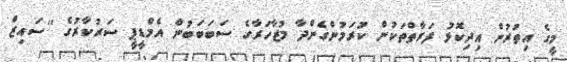
މީގެ އިތުރުން އިދިކޮޅު ފަރާތްތަކުން ކުރަމުންގެންދާ މުޒާހަރާގެ ސަބަބަބުން އެމްޑީޕީ ސަރުކާރުގެ ''ސައިޒް